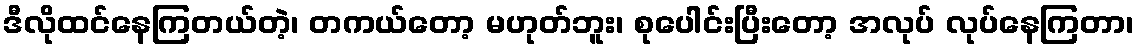
ဒီလိုထင်နေကြတယ်တဲ့၊ တကယ်တော့ မဟုတ်ဘူး၊ စုပေါင်းပြီးတော့ အလုပ် လုပ်နေကြတာ၊